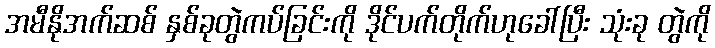
အမီနိုအက်ဆစ် နှစ်ခုတွဲကပ်ခြင်းကို ဒိုင်ပက်တိုက်ဟုခေါ်ပြီး သုံးခု တွဲကို